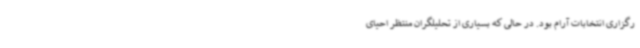
رگزاری انتخابات آرام بود. در حالی که بسیاری از تحلیلگران منتظر احیای